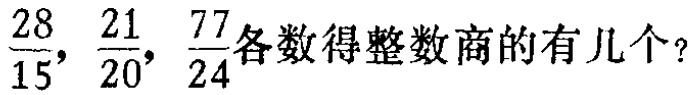
$\frac{28}{15},\frac{21}{20},\frac{77}{24}$各数得整数商的有几个？